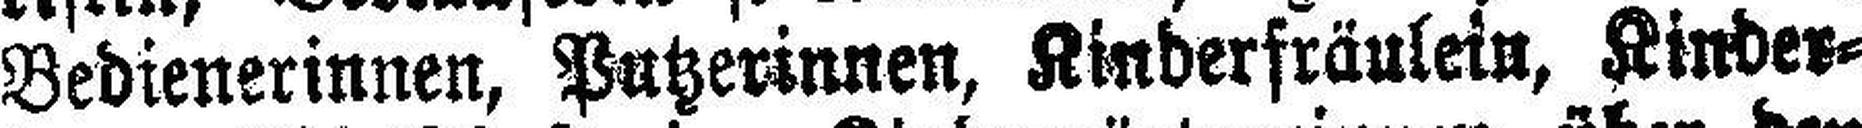
Bedienerinnen, Putzerinnen, Kinderfräulein, Kinder¬